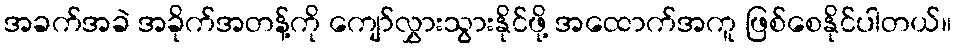
အခက်အခဲ အခိုက်အတန့်ကို ကျော်လွှားသွားနိုင်ဖို့ အထောက်အကူ ဖြစ်စေနိုင်ပါတယ်။